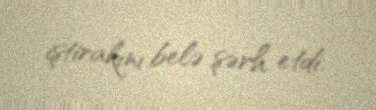
iştirakını belə şərh etdi.